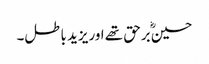
حسینؓ برحق تھے اوریزید باطل۔